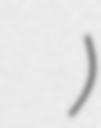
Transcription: জুরভারং পাড়া)